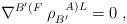
LaTeX: \begin{align*}\nabla^{B'(F} \; \rho_{B'}^{\; \; \; A)L}=0 \; ,\end{align*}